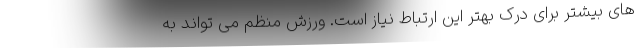
های بیشتر برای درک بهتر این ارتباط نیاز است. ورزش منظم می تواند به